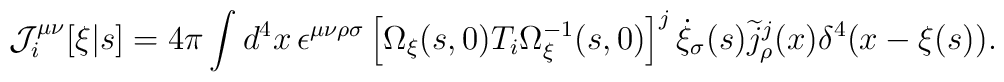
{\cal J}^{\mu\nu}_{i}[\xi|s] = 4\pi\int d^4x\, \epsilon^{\mu\nu\rho\sigma}   \left[\Omega_{\xi}(s,0)T_{i}\Omega_{\xi}^{-1}(s,0)\right]^{j}   \dot{\xi}_{\sigma}(s)\widetilde{j}_{\rho}^{j}(x)\delta^{4}(x-\xi(s)).